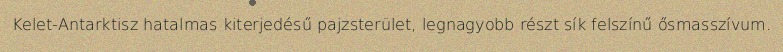
Kelet-Antarktisz hatalmas kiterjedésű pajzsterület, legnagyobb részt sík felszínű ősmasszívum.